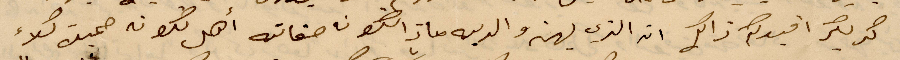
كتر لكر اقيدكم ذالك ان الذي لهن والديه ماذا تكون صفاته اهل يكون حميك كلاء